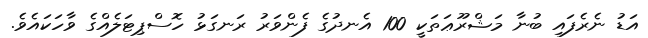
އަޑު ނެރެފައި ބުނާ މަޝްރޫޢަތަކީ 100 އެނދުގެ ފެންވަރު ރަނގަޅު ހޮސްޕިޓަލެއްގެ ވާހަކައެވެ.